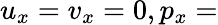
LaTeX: u_{x}=v_{x}=0,p_{x}=